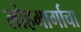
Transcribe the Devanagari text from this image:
लोहमार्गाचा